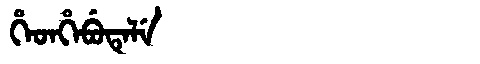
Manchu: ᡥᡝᡨᡥᡝᠪᡠᡨᡝᠯᡝ
Romanization: HETHEBUTELE